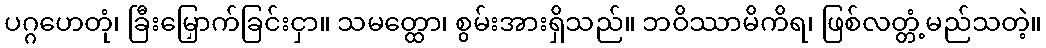
ပဂ္ဂဟေတုံ၊ ခြီးမြှောက်ခြင်းငှာ။ သမတ္ထော၊ စွမ်းအားရှိသည်။ ဘဝိဿာမိကိရ၊ ဖြစ်လတ္တံ့မည်သတဲ့။